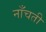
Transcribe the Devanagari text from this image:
नाँचती